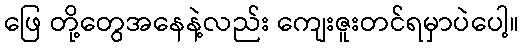
ဖြေ တို့တွေအနေနဲ့လည်း ကျေးဇူးတင်ရမှာပဲပေါ့။